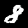
Digit: 8